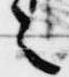
之